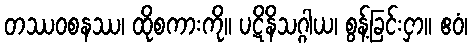
တဿဝစနဿ၊ ထိုစကားကို။ ပဋိနိသဂ္ဂါယ၊ စွန့်ခြင်းငှာ။ ဧဝံ၊